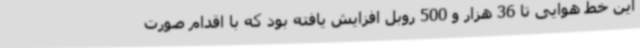
این خط هوایی تا 36 هزار و 500 روبل افزایش یافته بود که با اقدام صورت